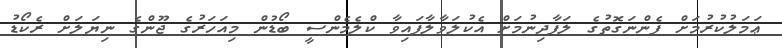
ޢަމަލުކުރުމަށް ފެންނަގޮތުގެ ލަފާދިނުމަށް އެކުލަވާލާފައިވާ ކްލެމެންސީ ބޯޑުން މިއަހަރުގެ ޖޫންގެ ނިޔަލަށް ރެކޯޑު